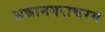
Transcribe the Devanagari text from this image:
अन्नानगराचरम